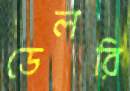
ডেলরি